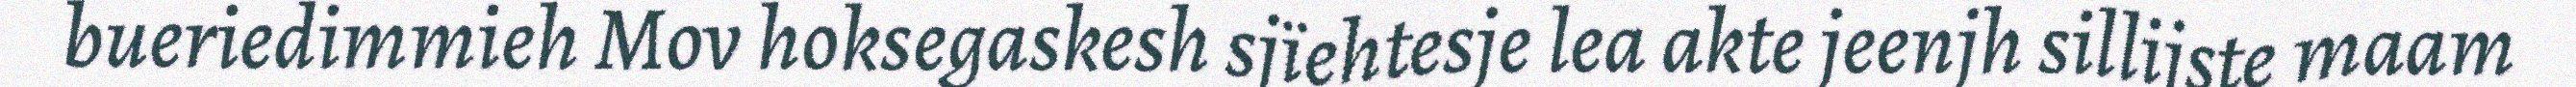
bueriedimmieh Mov hoksegaskesh sjïehtesje lea akte jeenjh sillijste maam